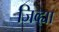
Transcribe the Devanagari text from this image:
जिव्ह्या